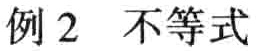
例2 不等式